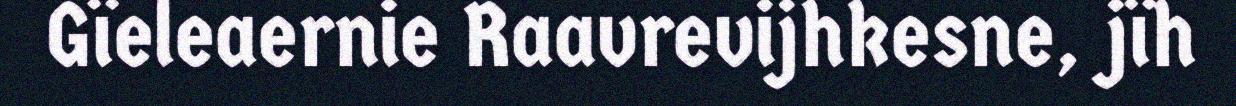
Gïeleaernie Raavrevijhkesne, jïh